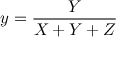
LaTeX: y = { \frac { Y } { X + Y + Z } }